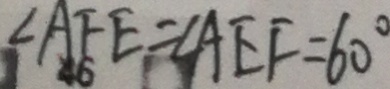
\angle A F E = \angle A E F = 6 0 ^ { \circ }